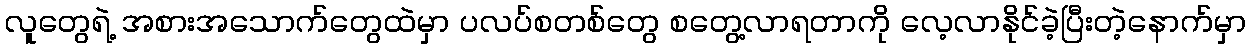
လူတွေရဲ့ အစားအသောက်တွေထဲမှာ ပလပ်စတစ်တွေ စတွေ့လာရတာကို လေ့လာနိုင်ခဲ့ပြီးတဲ့နောက်မှာ